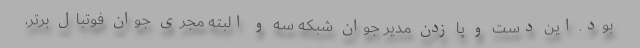
بود. این دست و پا زدن مدیر جوان شبکه سه و البته مجری جوان فوتبال برتر،